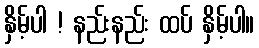
နှိမ့်ပါ ! နည်းနည်း ထပ် နှိမ့်ပါ။